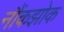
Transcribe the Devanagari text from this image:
नौंकझोक